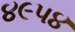
૪૯૫૪